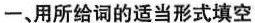
一、用所给词的适当形式填空